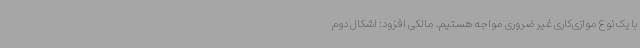
با یک نوع موازی‌کاری غیر ضروری مواجه هستیم. مالکی افزود: اشکال دوم